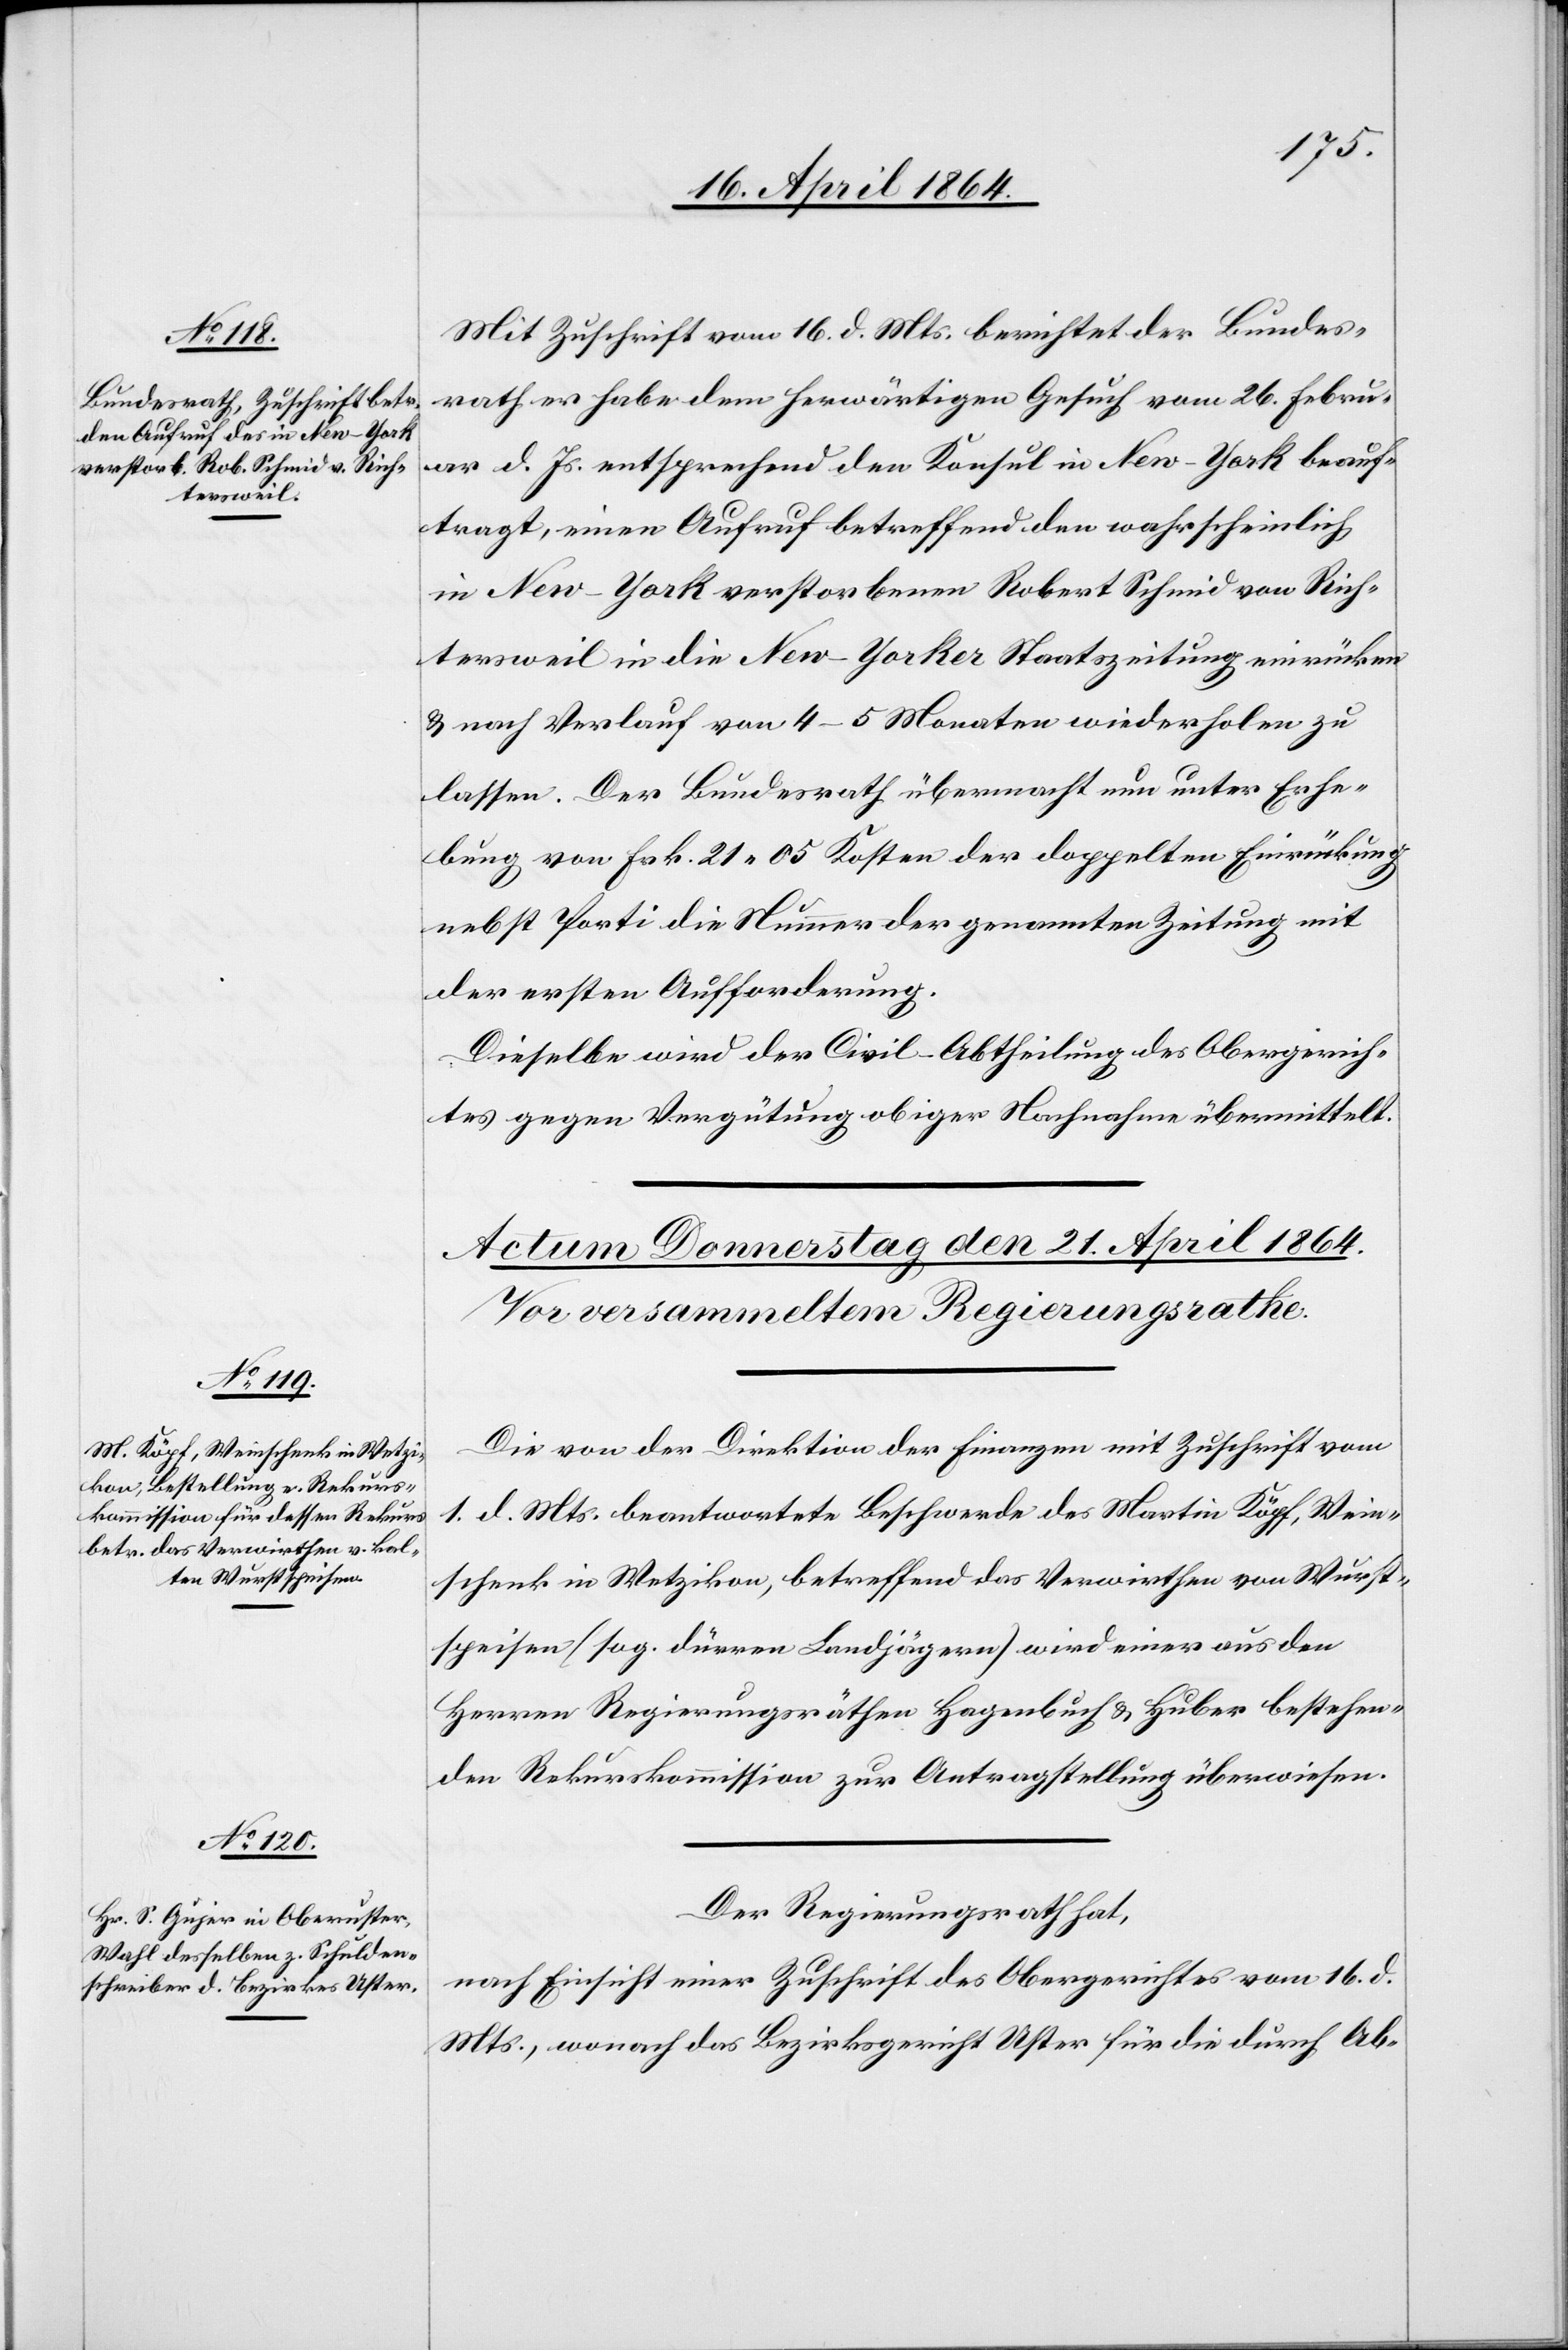
20. April 1864.]
Mit Zuschrift vom 16. d. Mts. berichtet der Bundes¬
rath er habe dem herwärtigen Gesuch vom 26. Febru¬
ar d. Js. entsprechend den Konsul in New-York beauf¬
tragt, einen Aufruf betreffend den wahrscheinlich
in New-York verstorbenen Robert Schmid von Rich¬
tersweil in die New-Yorker Staatszeitung einrücken
u. nach Verlauf von 4–5 Monaten wiederholen zu
lassen. Der Bundesrath übermacht nun unter Erhe¬
bung von Frk. 21 05 Kosten der doppelten Einwürkung
nebst Porti die Nummer der genannten Zeitung mit
der ersten Aufforderung.
Dieselbe wird der Civil-Abtheilung des Obergerich¬
tes gegen Vergütung obiger Nachnahme übermittelt.
Die von der Direktion der Finanzen mit Zuschrift vom
1. d. Mts beantwortete Beschwerde des Martin Köpf, Wein¬
schenk in Wetzikon, betreffend das Verwirthen von Wurst¬
speisen (sog. dürren Landjägern) wird einer aus den
Herren Regierungsräthen Hagenbuch u. Huber bestehen¬
den Rekurskommission zur Antragstellung überwiesen.
Der Regierungsrath hat,
nach Einsicht einer Zuschrift des Obergerichtes vom 16. d.
Mts., wonach das Bezirksgericht Uster für die durch Ab-